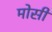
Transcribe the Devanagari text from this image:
मोसी